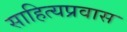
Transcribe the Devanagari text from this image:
साहित्यप्रवास